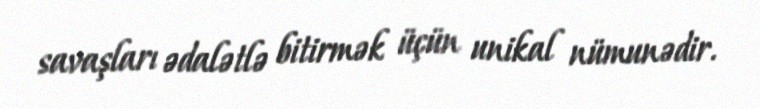
savaşları ədalətlə bitirmək üçün unikal nümunədir.